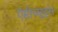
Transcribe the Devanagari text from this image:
ऐप्टीच्यूड्स